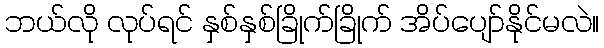
ဘယ်လို လုပ်ရင် နှစ်နှစ်ခြိုက်ခြိုက် အိပ်ပျော်နိုင်မလဲ။